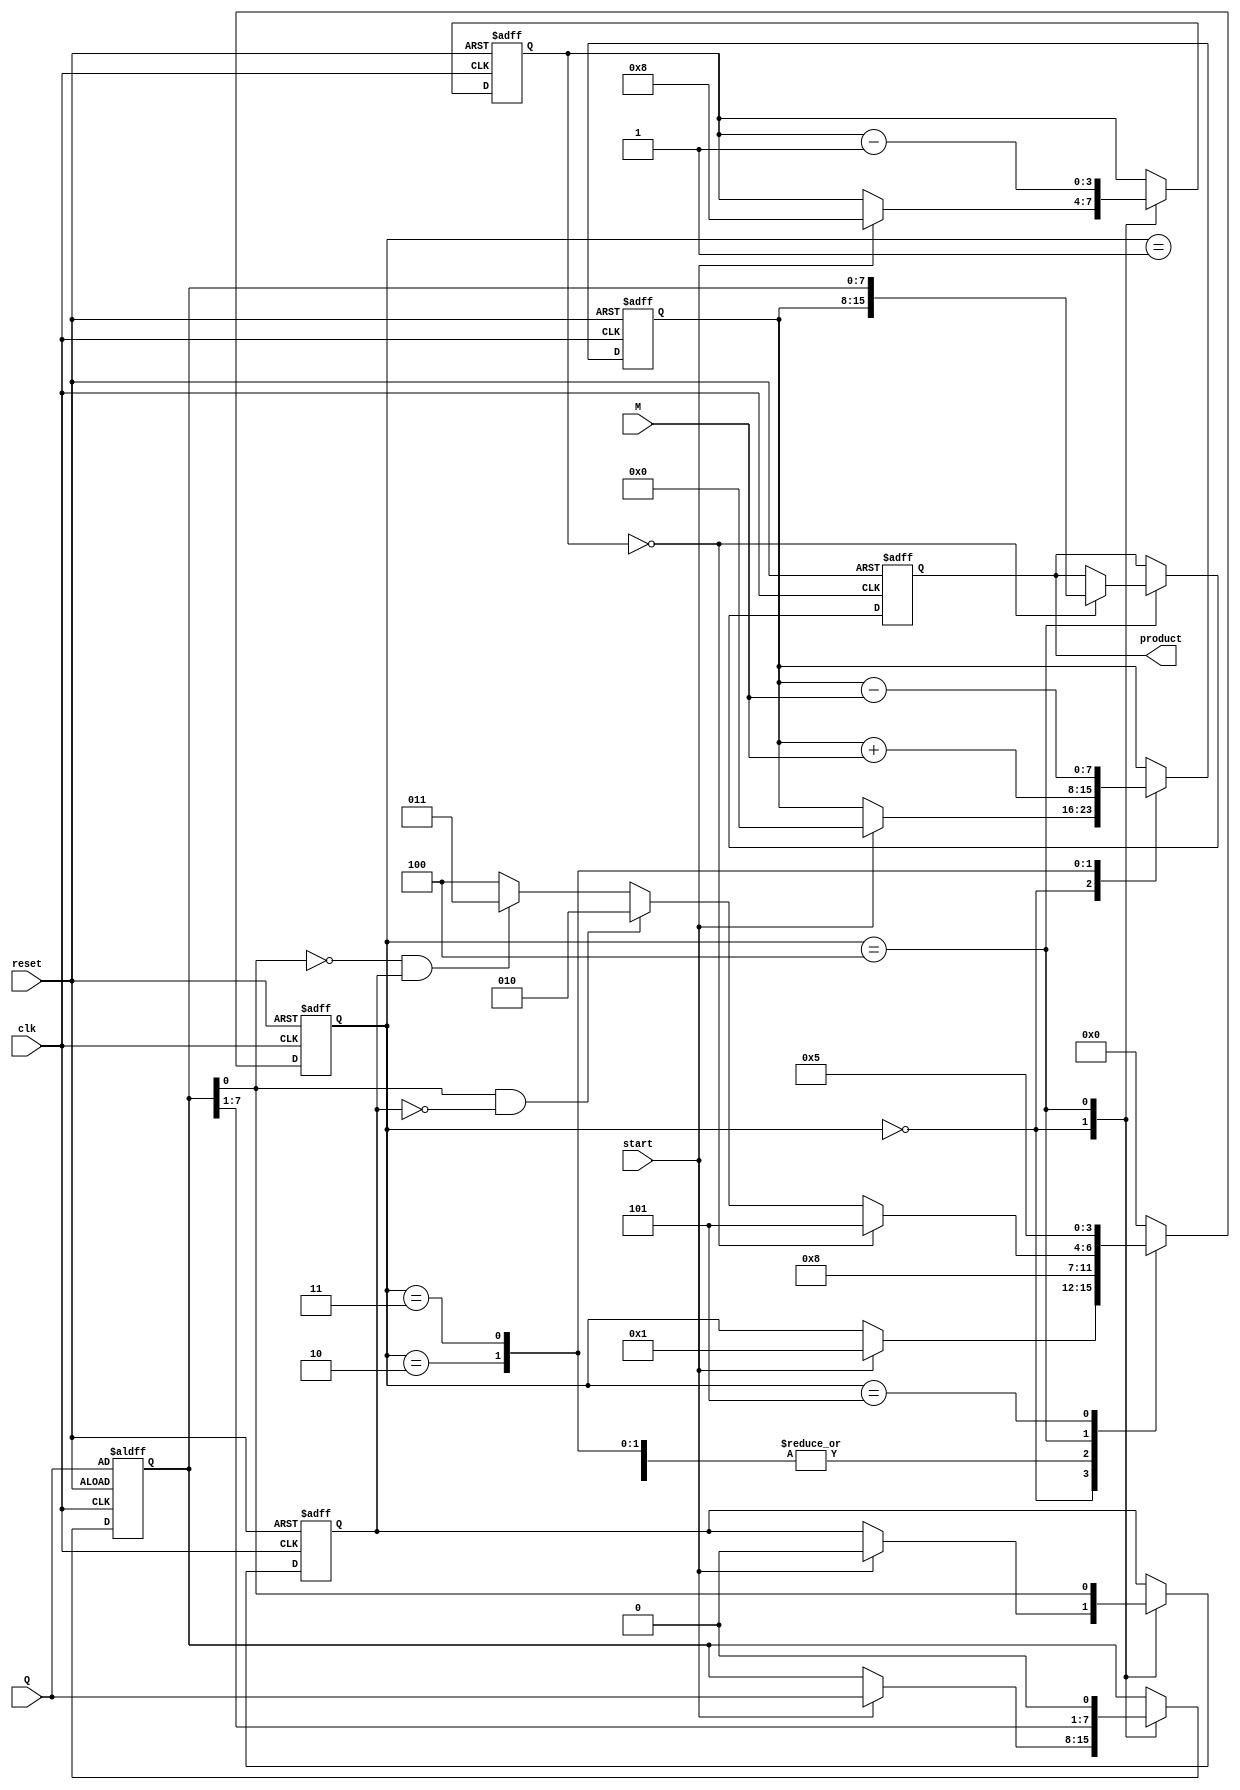
module booth_multiplier #(parameter N = 8) (
    input wire [N-1:0] M,        // Multiplicand
    input wire [N-1:0] Q,        // Multiplier
    input wire start,            // Start signal
    input wire clk,              // Clock signal
    input wire reset,            // Reset signal
    output reg [2*N-1:0] product  // Output product
);

    reg [N-1:0] A;               // Accumulator
    reg [N-1:0] Q_reg;           // Multiplier register
    reg Q_1;                     // Previous LSB of Q
    reg [3:0] state;             // State for FSM
    reg [3:0] count;             // Count for iterations

    // State encoding
    localparam IDLE = 4'b0000,
               LOAD = 4'b0001,
               ADD = 4'b0010,
               SUB = 4'b0011,
               SHIFT = 4'b0100,
               DONE = 4'b0101;

    // Initial conditions
    always @(posedge clk or posedge reset) begin
        if (reset) begin
            A <= 0;
            Q_reg <= Q;
            Q_1 <= 0;
            product <= 0;
            state <= IDLE;
            count <= 0;
        end else begin
            case (state)
                IDLE: begin
                    if (start) begin
                        A <= 0;
                        Q_reg <= Q;
                        Q_1 <= 0;
                        count <= N; // Number of bits to process
                        state <= LOAD;
                    end
                end

                LOAD: begin
                    // Load multiplicand into A and prepare for processing
                    state <= SHIFT;
                end

                ADD: begin
                    A <= A + M; // Perform addition
                    state <= SHIFT;
                end

                SUB: begin
                    A <= A - M; // Perform subtraction
                    state <= SHIFT;
                end

                SHIFT: begin
                    // Right shift A and Q_reg
                    {A, Q_reg} <= {A[N-1], A, Q_reg}; // Arithmetic shift
                    Q_1 <= Q_reg[0]; // Update Q-1
                    Q_reg <= {Q_reg[N-1:1], 1'b0}; // Shift Q
                    count <= count - 1;

                    if (count == 0) begin
                        product <= {A, Q_reg}; // Combine A and Q for final product
                        state <= DONE;
                    end else begin
                        // Determine next state based on Q[0] and Q_1
                        if (Q_reg[0] == 1 && Q_1 == 0) begin
                            state <= ADD; // Add if Q[0] = 1 and Q-1 = 0
                        end else if (Q_reg[0] == 0 && Q_1 == 1) begin
                            state <= SUB; // Subtract if Q[0] = 0 and Q-1 = 1
                        end else begin
                            state <= SHIFT; // Do nothing
                        end
                    end
                end

                DONE: begin
                    // Stay in DONE state until reset
                    state <= DONE;
                end

                default: state <= IDLE; // Default to IDLE
            endcase
        end
    end
endmodule